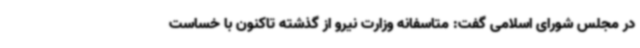
در مجلس شورای اسلامی گفت: متاسفانه وزارت نیرو از گذشته تاکنون با خساست